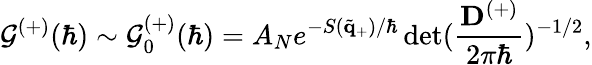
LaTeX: \mathcal{G}^{(+)}(\hbar)\sim\mathcal{G}_{0}^{(+)}(\hbar)=A_{N}e^{-S(\tilde{\mathbf{q}}_{+})/\hbar}\operatorname*{det}(\frac{\mathbf{D}^{(+)}}{2\pi\hbar})^{-1/2},